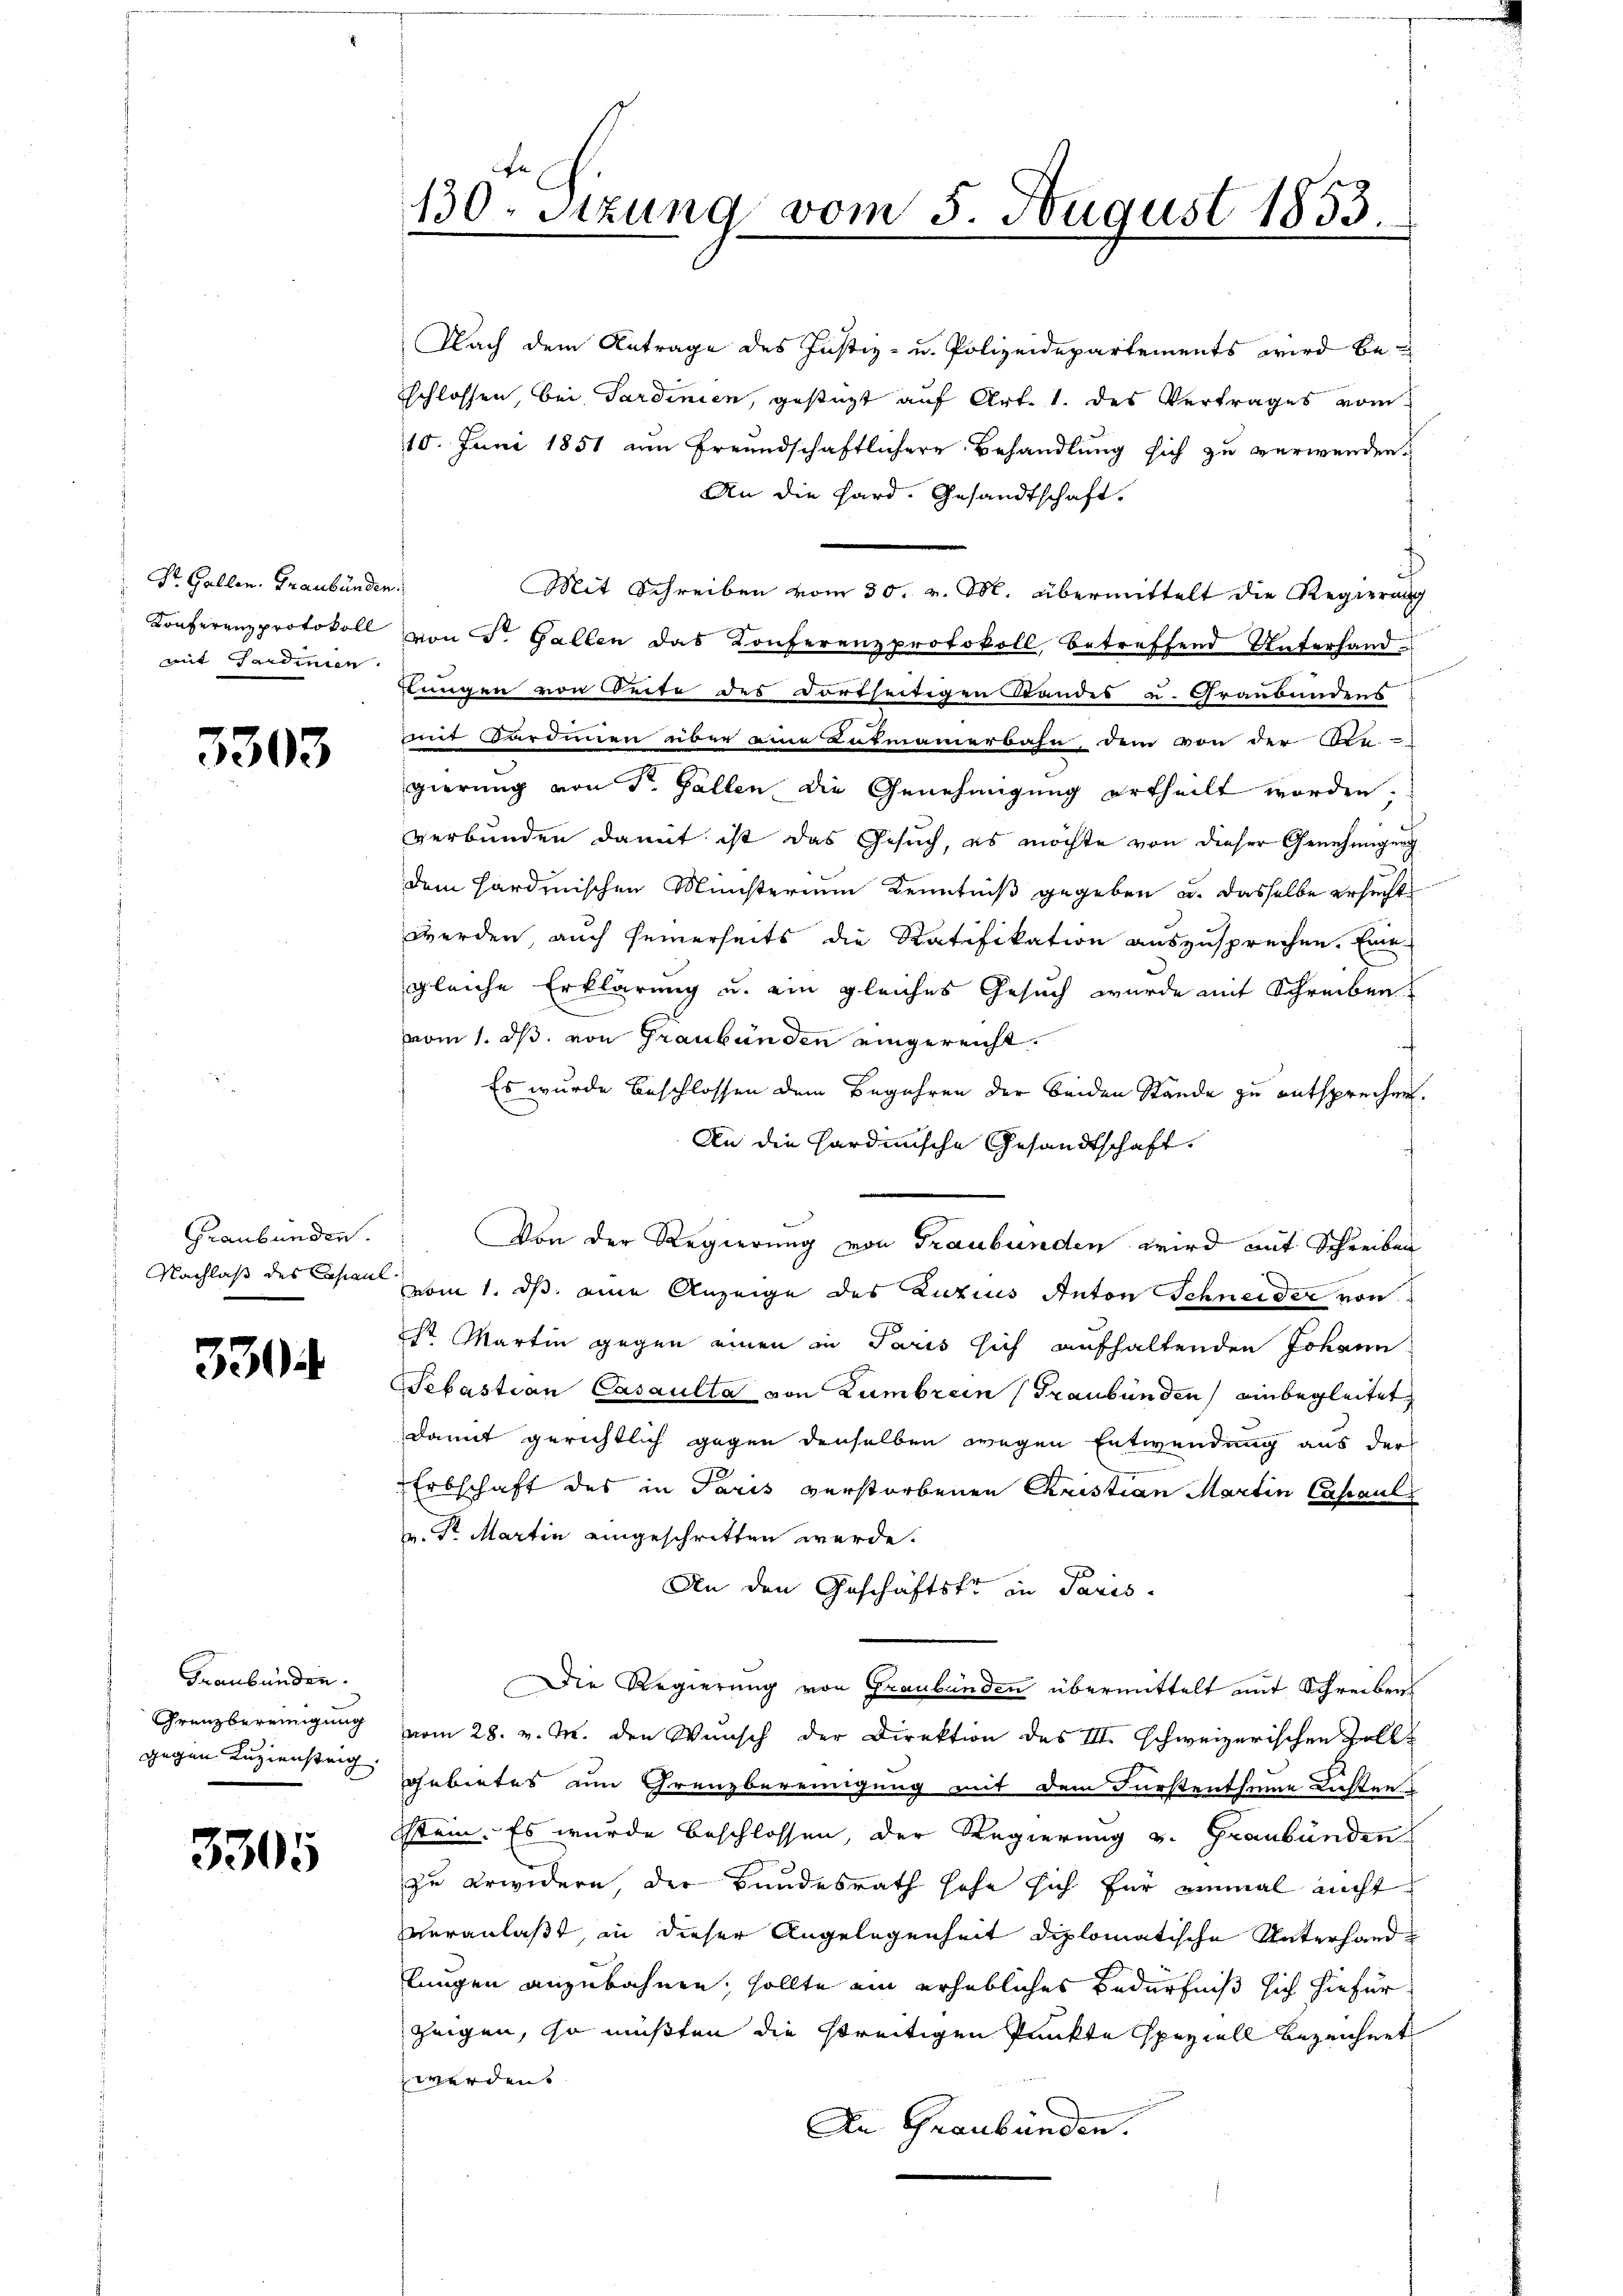
Dr. Gallen. Graubünden.
Konferenz protokoll
mit Gardinien

3303

Graubünden.
Nachlaß des Capaul

3304

Graubünden.
Grenzbereinigung
gegen Kuziensteig.

3305

130. Sitzung vom 5. August 1833.

Nach dem Antrage des Justiz- u. Polizeidepartements wird be
sschlossen, bei Sardinien, gestüzt auf Art. 1. des Vertrages vom
10. Juni 1851 im Freundschaftlichere Behandlung sich zu verwenden.
An die Hard. Gesandtschaft.
Mit Schreiben vom 30. v. M. übermittelt die Regierung
von Sr. Gallen das Konferenzprotokoll, betreffend Unterhand
tungen von Zeite des dortseitigen Standes u. Graubündens
mit Gardinen über eine Lotmamnerbahn, dem von der Obe
gierung von Dr. Gallen die Genehmigung ertheilt worden.
verbunden damit ist das Gesuch, es möchte von dieser Genehmigung
dem Hardmischen Münsterium Kenntniß gegeben u. dasselbe ersucht
werden auch seinerseits die Ratifikation auszusprechen. Eine
gleiche Erklärung u. ein gleiches Gesuch wurde mit Schreiben
vom 1. ds. von Graubünden eingereicht.
Es wurde beschlossen dem Begehren der beiden Stände zu entsprechen.
An die Hardunsche Gesandtschaft,
Von der Regierung von Graubünden wird mit Schreiben
vom 1. ds. eine Anzeige des Luzius Anton Schneider von
iht Martin gegen einen in Paris sich aufhaltenden Johann
Sebastian Casaulta von Zumbreen (Graubünden einbegleitet
damit gerichtlich gegen derselben wegen Entwendung aus der
Erbschaft des in Paris verstorbenen Christian Martin Cassaul
. Sr. Martin eingeschritten werde.
An den Geschäftsfr in Paris
Die Regierung von Graubünden übermittelt mit Schreibens
vom 28. v. M. den Wunsch der Direktion des III. schweizerischen Zollgebietes am Grenzbereinigung mit dem Fürstentseine Lichten
stein. Es wurde beschlossen, der Regierung v. Graubünden
zu erwidern, der Bundesrath sehe sich für einmal nicht
veranlaßt, in dieser Angelegenheit diplomatische Unterhandlungen anzubahnen, sollte ein erhebliches Bedürfniß sich hiefür
zeigen, so mußten die streitigen Punkte speziell bezeichnet
werden.
An Graubünden.